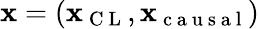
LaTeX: \mathbf{x}=(\mathbf{x}_{\mathrm{{~C~L~}}},\mathbf{x}_{\mathrm{{~c~a~u~s~a~l~}}})